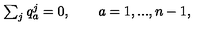
\begin{array} { l c r } { \sum _ { j } q _ { a } ^ { j } = 0 , \qquad a = 1 , . . . , n - 1 , } \\ \end{array}